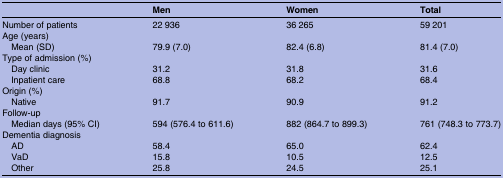
|  | Men | Women | Total |
 | --- | --- | --- | --- |
 | Number of patients | 22 936 | 36 265 | 59 201 |
 | <COLSPAN=4> Age (years) |
 | Mean (SD) | 79.9 (7.0) | 82.4 (6.8) | 81.4 (7.0) |
 | <COLSPAN=4> Type of admission (%) |
 | Day clinic | 31.2 | 31.8 | 31.6 |
 | Inpatient care | 68.8 | 68.2 | 68.4 |
 | <COLSPAN=4> Origin (%) |
 | Native | 91.7 | 90.9 | 91.2 |
 | <COLSPAN=4> Follow-up |
 | Median days (95% CI) | 594 (576.4 to 611.6) | 882 (864.7 to 899.3) | 761 (748.3 to 773.7) |
 | <COLSPAN=4> Dementia diagnosis |
 | AD | 58.4 | 65.0 | 62.4 |
 | VaD | 15.8 | 10.5 | 12.5 |
 | Other | 25.8 | 24.5 | 25.1 |